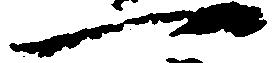
一